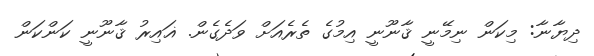
ދިޔާނާ: މިކަން ނިމޭނީ ޤާނޫނީ އިމުގެ ތެރެއަށް ވަދެގެން. ޣައިިރު ޤާނޫނީ ކަންކަން